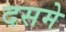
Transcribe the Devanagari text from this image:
दसमे